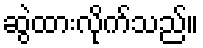
ဆွဲထားလိုက်သည်။